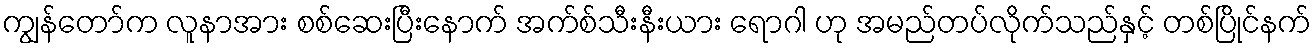
ကျွန်တော်က လူနာအား စစ်ဆေးပြီးနောက် အက်စ်သီးနီးယား ရောဂါ ဟု အမည်တပ်လိုက်သည်နှင့် တစ်ပြိုင်နက်